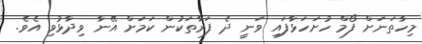
މިހާތަނަށް ފޯމް ހުށަހަޅާފައި ވަނީ ދެ ފަރާތަކުން ކަމަށް އޭނާ ވިދާޅުވި އެވެ.